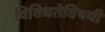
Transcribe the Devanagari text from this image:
विविधतेविषयी